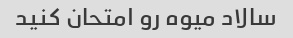
سالاد میوه رو امتحان کنید